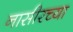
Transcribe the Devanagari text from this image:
नासीरच्या